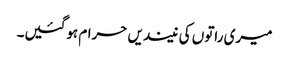
میری راتوں کی نیندیں حرام ہوگئیں۔